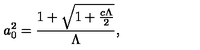
a _ { 0 } ^ { 2 } = \frac { 1 + \sqrt { 1 + \frac { c \Lambda } { 2 } } } { { \Lambda } } ,